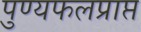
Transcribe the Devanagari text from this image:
पुण्यफलप्राप्त